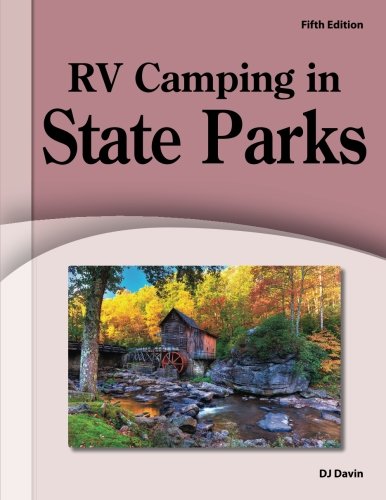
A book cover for RV Camping in State Parks; D.J. Davin; Travel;